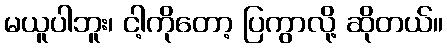
မယူပါဘူး၊ ငါ့ကိုတော့ ပြကွာလို့ ဆိုတယ်။